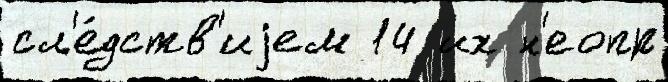
сл'е́дств'иjем 14 их н'еопр